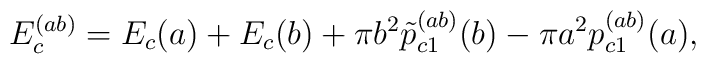
E_c^{(ab)}=E_c(a)+E_c(b)+\pi b^2\tilde p_{c1}^{(ab)}(b)-\pi a^2p_{c1}^{(ab)}(a),